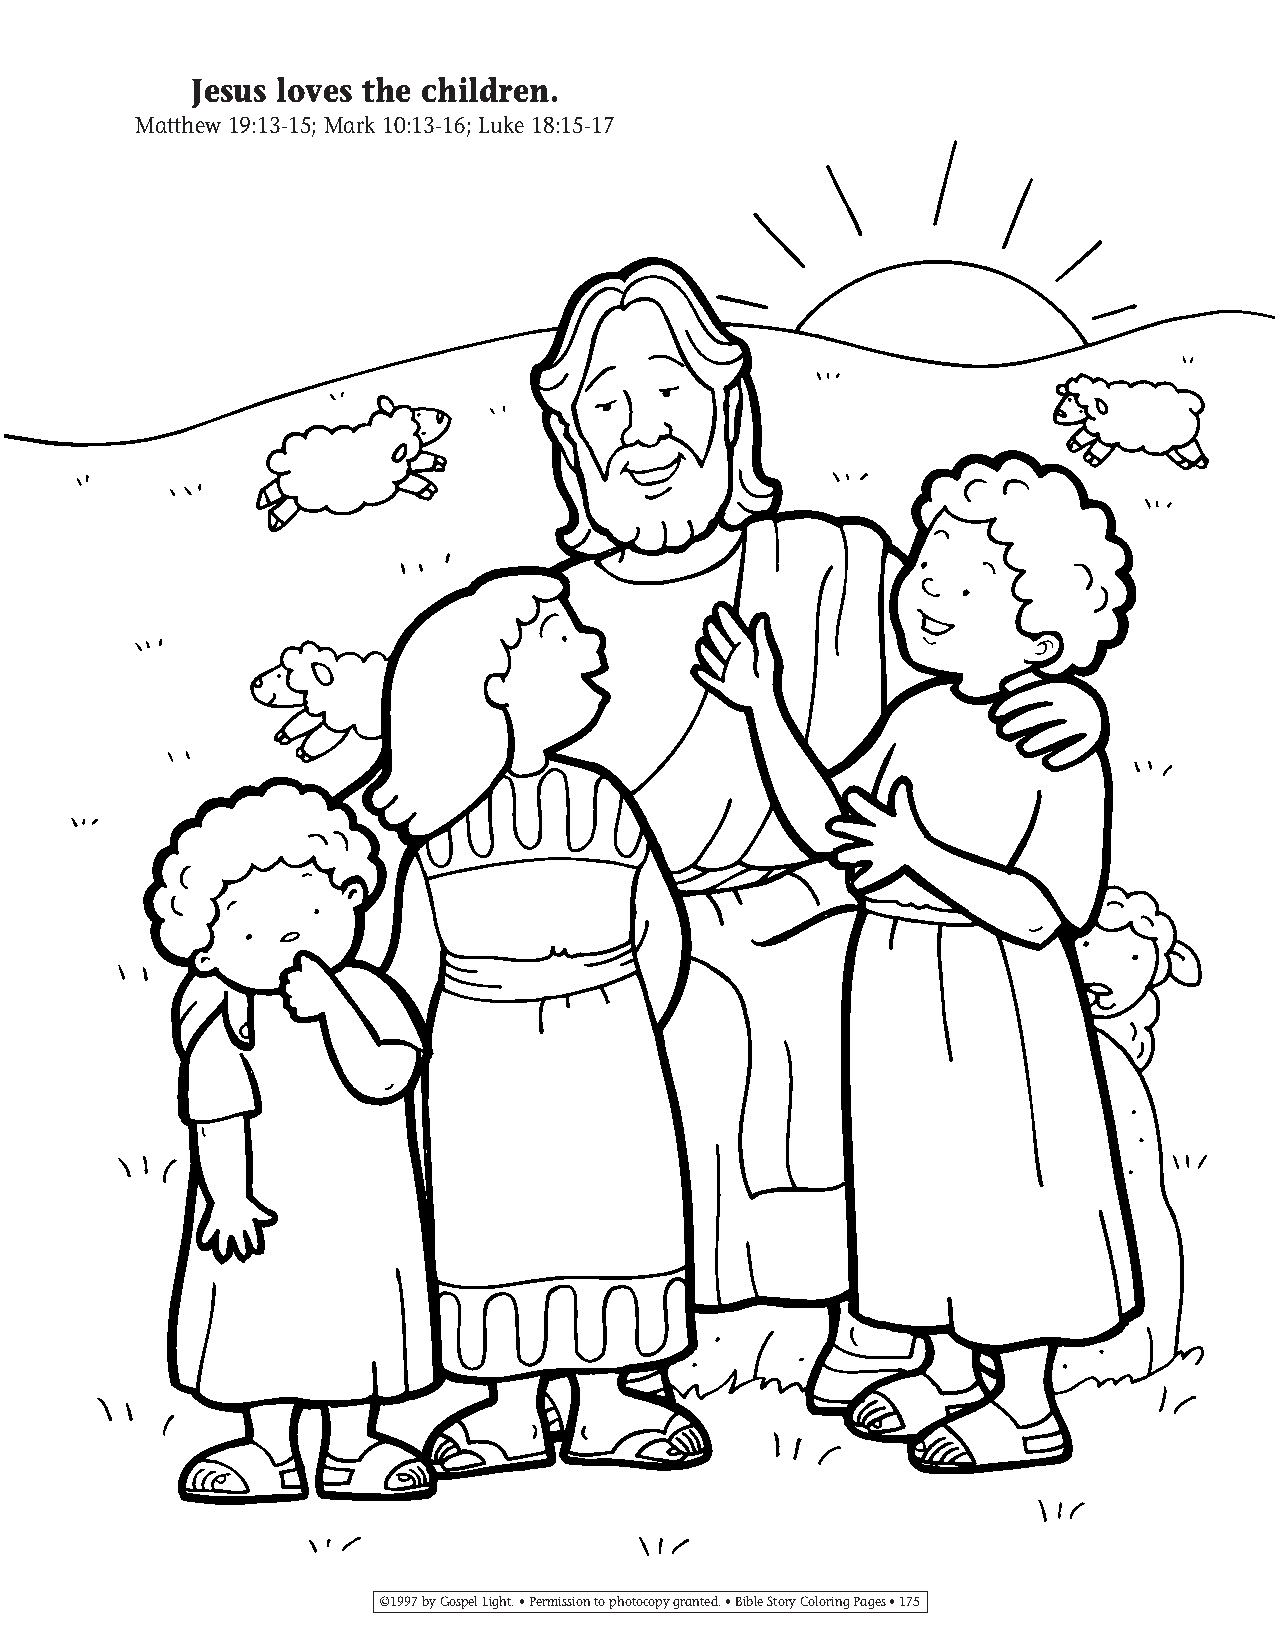
155-184 Coloring pgs_155-184 Coloring pgs 2/19/14 11:49 AM Page 175
 Jesus loves the children.
 Matthew 19:13-15; Mark 10:13-16; Luke 18:15-17
 ©1997 by Gospel Light. • Permission to photocopy granted. • Bible Story Coloring Pages • 175